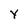
Character: Y